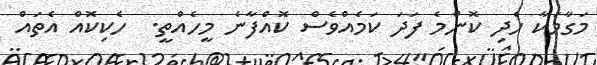
މަގާމަކާ ހެދި ކޮންމެ ފަދަ ކަމެއްވެސް ކޮއްފާނެ މީހެއްތީ.  ހެކިކޮއް އެތައް